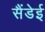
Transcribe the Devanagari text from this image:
सैंडेई